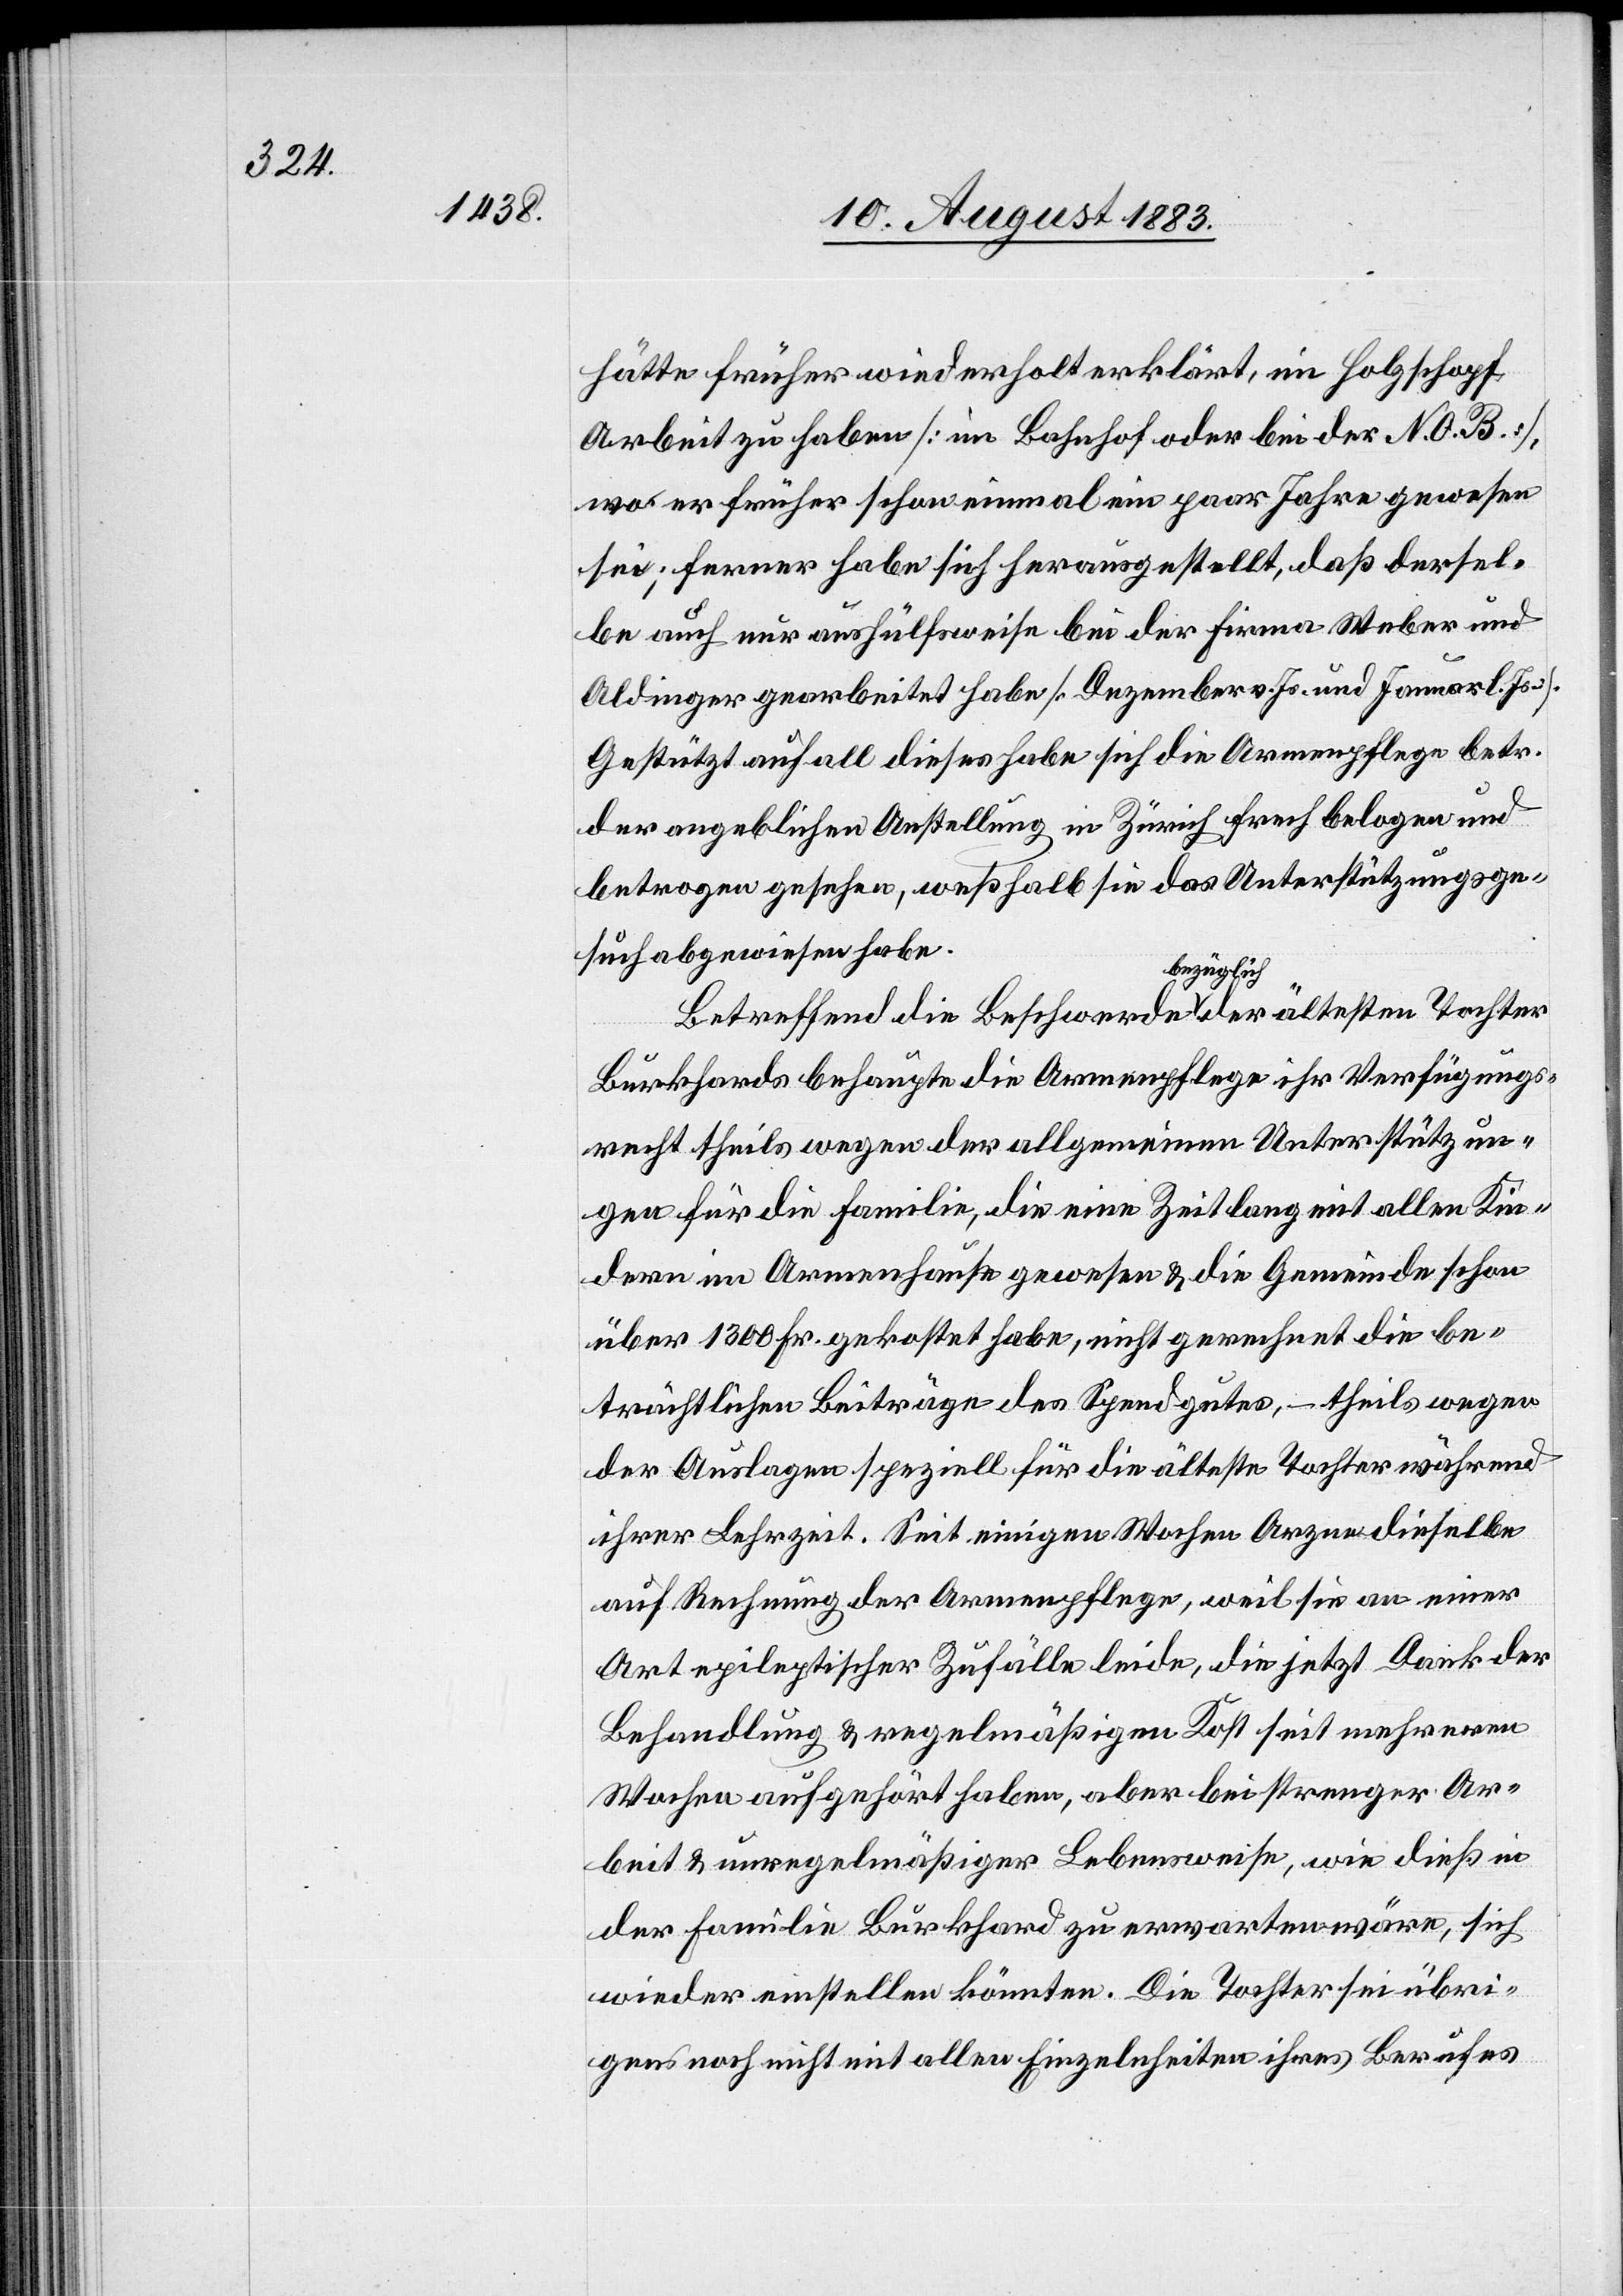
hätte früher Wiederholt erklärt, im Holzschopf
Arbeit zu haben [im Bahnhof oder bei der N. O. B.],
wo er früher schon einmal ein paar Jahre gewesen
sei; ferner habe sich herausgestellt, daß dersel¬
be auch nur aushülfsweise bei der Firma Weber und
Aldinger gearbeitet habe [Dezember v. Js. und Januar l. Js.].
Gestützt auf all dieses habe sich die Armenpflege betr.
der angeblichen Anstellung in Zürich frech belogen und
betrogen gesehen, weßhalb sie das Unterstützungsge¬
such abgewiesen habe.
Betreffend die Beschwerde bezüglich der ältesten Tochter
Burkhards behaupte die Armenpflege ihr Verfügungs¬
recht theils wegen der allgemeinen Unterstützun¬
gen für die Familie, die eine Zeit lang mit allen Kin¬
dern im Armenhause gewesen & die Gemeinde schon
über 1300 Fr. gekostet habe, nicht gerechnet die be¬
trächtlichen Beiträge des Spendgutes, – theils wegen
der Auslagen speziell für die älteste Tochter während
ihrer Lehrzeit. Seit einigen Wochen Arzne [sic!] dieselbe
auf Rechnung der Armenpflege, weil sie an einer
Art epileptischer Zufälle [sic!] leide, die jetzt Dank der
Behandlung & regelmäßiger Kost seit mehreren
Wochen aufgehört haben, aber bei strenger Ar¬
beit & unregelmäßiger Lebensweise, wie dieß in
der Familie Burkhard zu erwarten wäre, sich
wieder einstellen könnten. Die Tochter sei übri¬
gens noch nicht mit allen Einzelheiten ihres Berufes